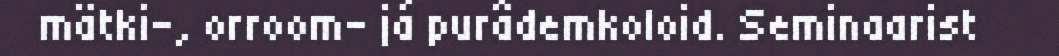
mätki-, orroom- já purâdemkoloid. Seminaarist